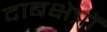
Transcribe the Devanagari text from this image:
दाबक्षेत्रों